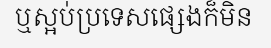
ឬស្អប់ប្រទេសផ្សេងក៏មិន